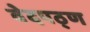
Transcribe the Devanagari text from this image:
वेदपठ्ण